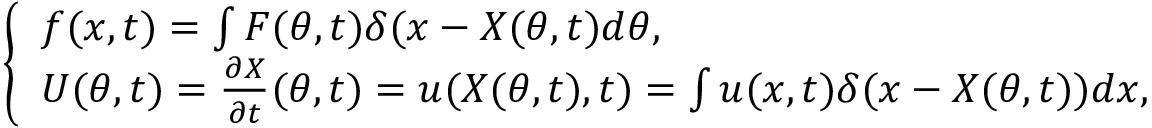
\left\{ \begin{array} { l } { \boldsymbol { f } ( \boldsymbol { x } , t ) = \int \boldsymbol { F } ( \boldsymbol { \theta } , t ) \delta ( \boldsymbol { x } - \boldsymbol { X } ( \boldsymbol { \theta } , t ) d \boldsymbol { \theta } , } \\ { \boldsymbol U ( \boldsymbol \theta , t ) = \frac { \partial \boldsymbol { X } } { \partial t } ( \boldsymbol { \theta } , t ) = \boldsymbol { u } ( \boldsymbol { X } ( \boldsymbol { \theta } , t ) , t ) = \int \boldsymbol { u } ( \boldsymbol { x } , t ) \delta ( \boldsymbol { x } - \boldsymbol { X } ( \boldsymbol { \theta } , t ) ) d \boldsymbol { x } , } \end{array} \right.